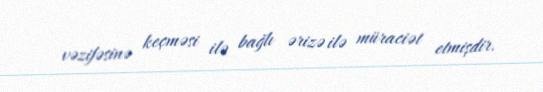
vəzifəsinə keçməsi ilə bağlı ərizə ilə müraciət etmişdir.